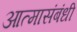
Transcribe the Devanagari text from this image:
आत्मासंबंधी